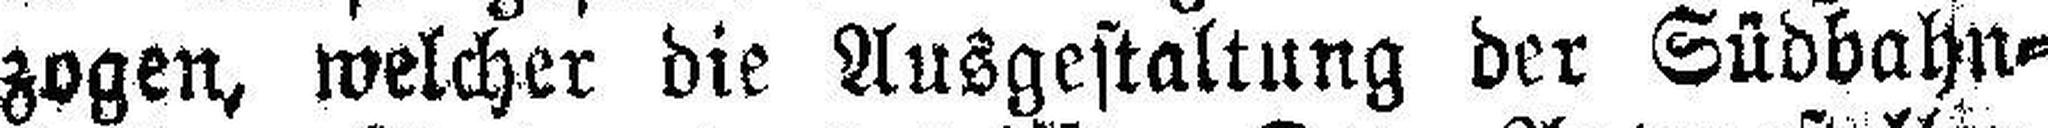
zogen, welcher die Ausgestaltung der Südbahn¬